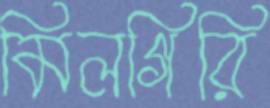
মিলগিরি